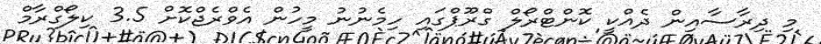
މި ދިރާސާއިން ދެއްކީ ކޮންޓްރޯލް ގްރޫޕްގައި ހިމެނުނު މީހުން އެވްރެޖްކޮށް 3.5 ކިލޯގްރާމް